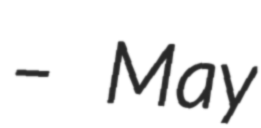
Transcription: – May